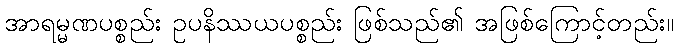
အာရမ္မဏပစ္စည်း ဥပနိဿယပစ္စည်း ဖြစ်သည်၏ အဖြစ်ကြောင့်တည်း။